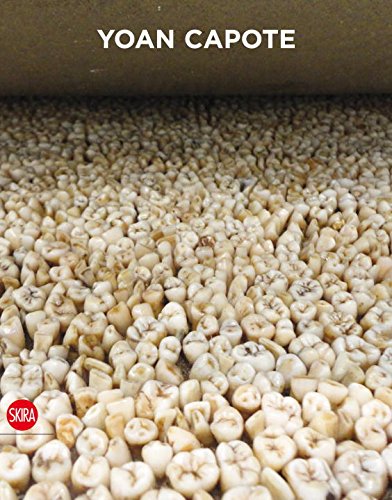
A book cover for Yoan Capote; Tanya Barson; Arts & Photography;